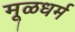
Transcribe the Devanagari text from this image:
मूळधर्म